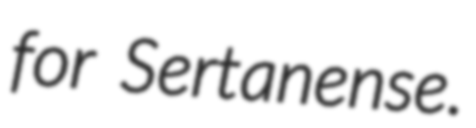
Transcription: for Sertanense.